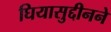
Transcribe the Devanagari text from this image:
घियासुद्दीनने